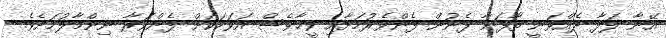
އޭނާ ލަފާ ދެއްވަނީ ތާފަނާ ފެނުން ފެންވެރުމަށާއި ވީހާވެސް އަވަހަކަށް ފެންވަރާ ނިންމާލުމަށެވެ.